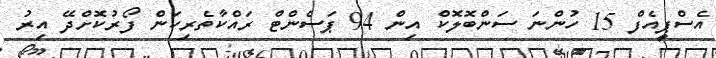
އެސްޕީއެފް 15 ހުންނަ ސަންބޮލޮކް އިން 94 ޕަސެންޓް ރައްކާތެރިކަން ފޯރުކޮށްދޭ އިރު